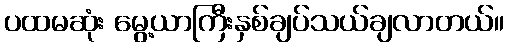
ပထမဆုံး မွေ့ယာကြီးနှစ်ချပ်သယ်ချလာတယ်။